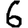
Digit: 6